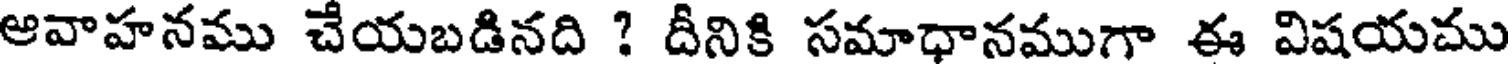
ఆవాహనము చేయబడినది ? దీనికి సమాధానముగా ఈ విషయము